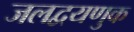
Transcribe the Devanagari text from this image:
जलद्वयणुक